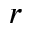
r